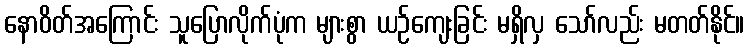
နောဝိတ်အကြောင်း သူပြောလိုက်ပုံက များစွာ ယဉ်ကျေးခြင်း မရှိလှ သော်လည်း မတတ်နိုင်။